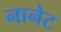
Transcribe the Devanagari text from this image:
नानेट